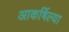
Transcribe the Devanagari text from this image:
आकर्षिल्या